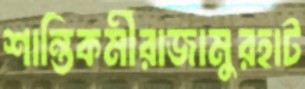
শান্তিকর্মীরাজামুরহাট